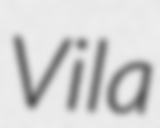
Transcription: Vila